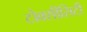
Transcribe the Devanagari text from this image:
टोक्सीसिटी